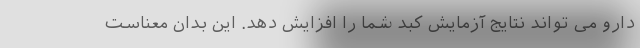
دارو می تواند نتایج آزمایش کبد شما را افزایش دهد. این بدان معناست